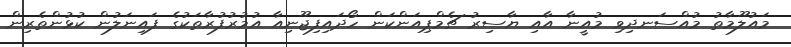
މައުލޫމާތު މުއްސަނދިވި މުއީނާ އާއި ޔާސިރު ޗެމްޕިއަންކަން ހޯދައިފިޖޫނިއާ އުމުރުފުރާތަކުގެ ފައިނަލުން ކުޅުންތެރިން